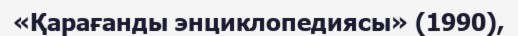
«Қарағанды энциклопедиясы» (1990),